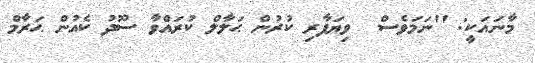
މާނައަކީ: ''ނަމަވެސް  ވިޔަފާރި ކުރުން ޙަލާލް ކުރައްވާ ސޫދު ކެއުން ޙަރާމް